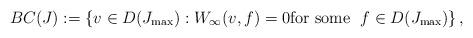
LaTeX: \begin{align*}BC(J) := \left\{ v \in D(J_{\rm max}) : W_{\infty}(v,f) = 0 \mbox{\rm for some \;} f \in D(J_{\rm max}) \right\},\end{align*}